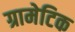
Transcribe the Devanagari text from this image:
ग्रामेटिक